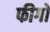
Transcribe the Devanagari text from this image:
फीगो